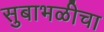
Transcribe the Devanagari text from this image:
सुबाभळीचा